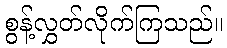
စွန့်လွှတ်လိုက်ကြသည်။